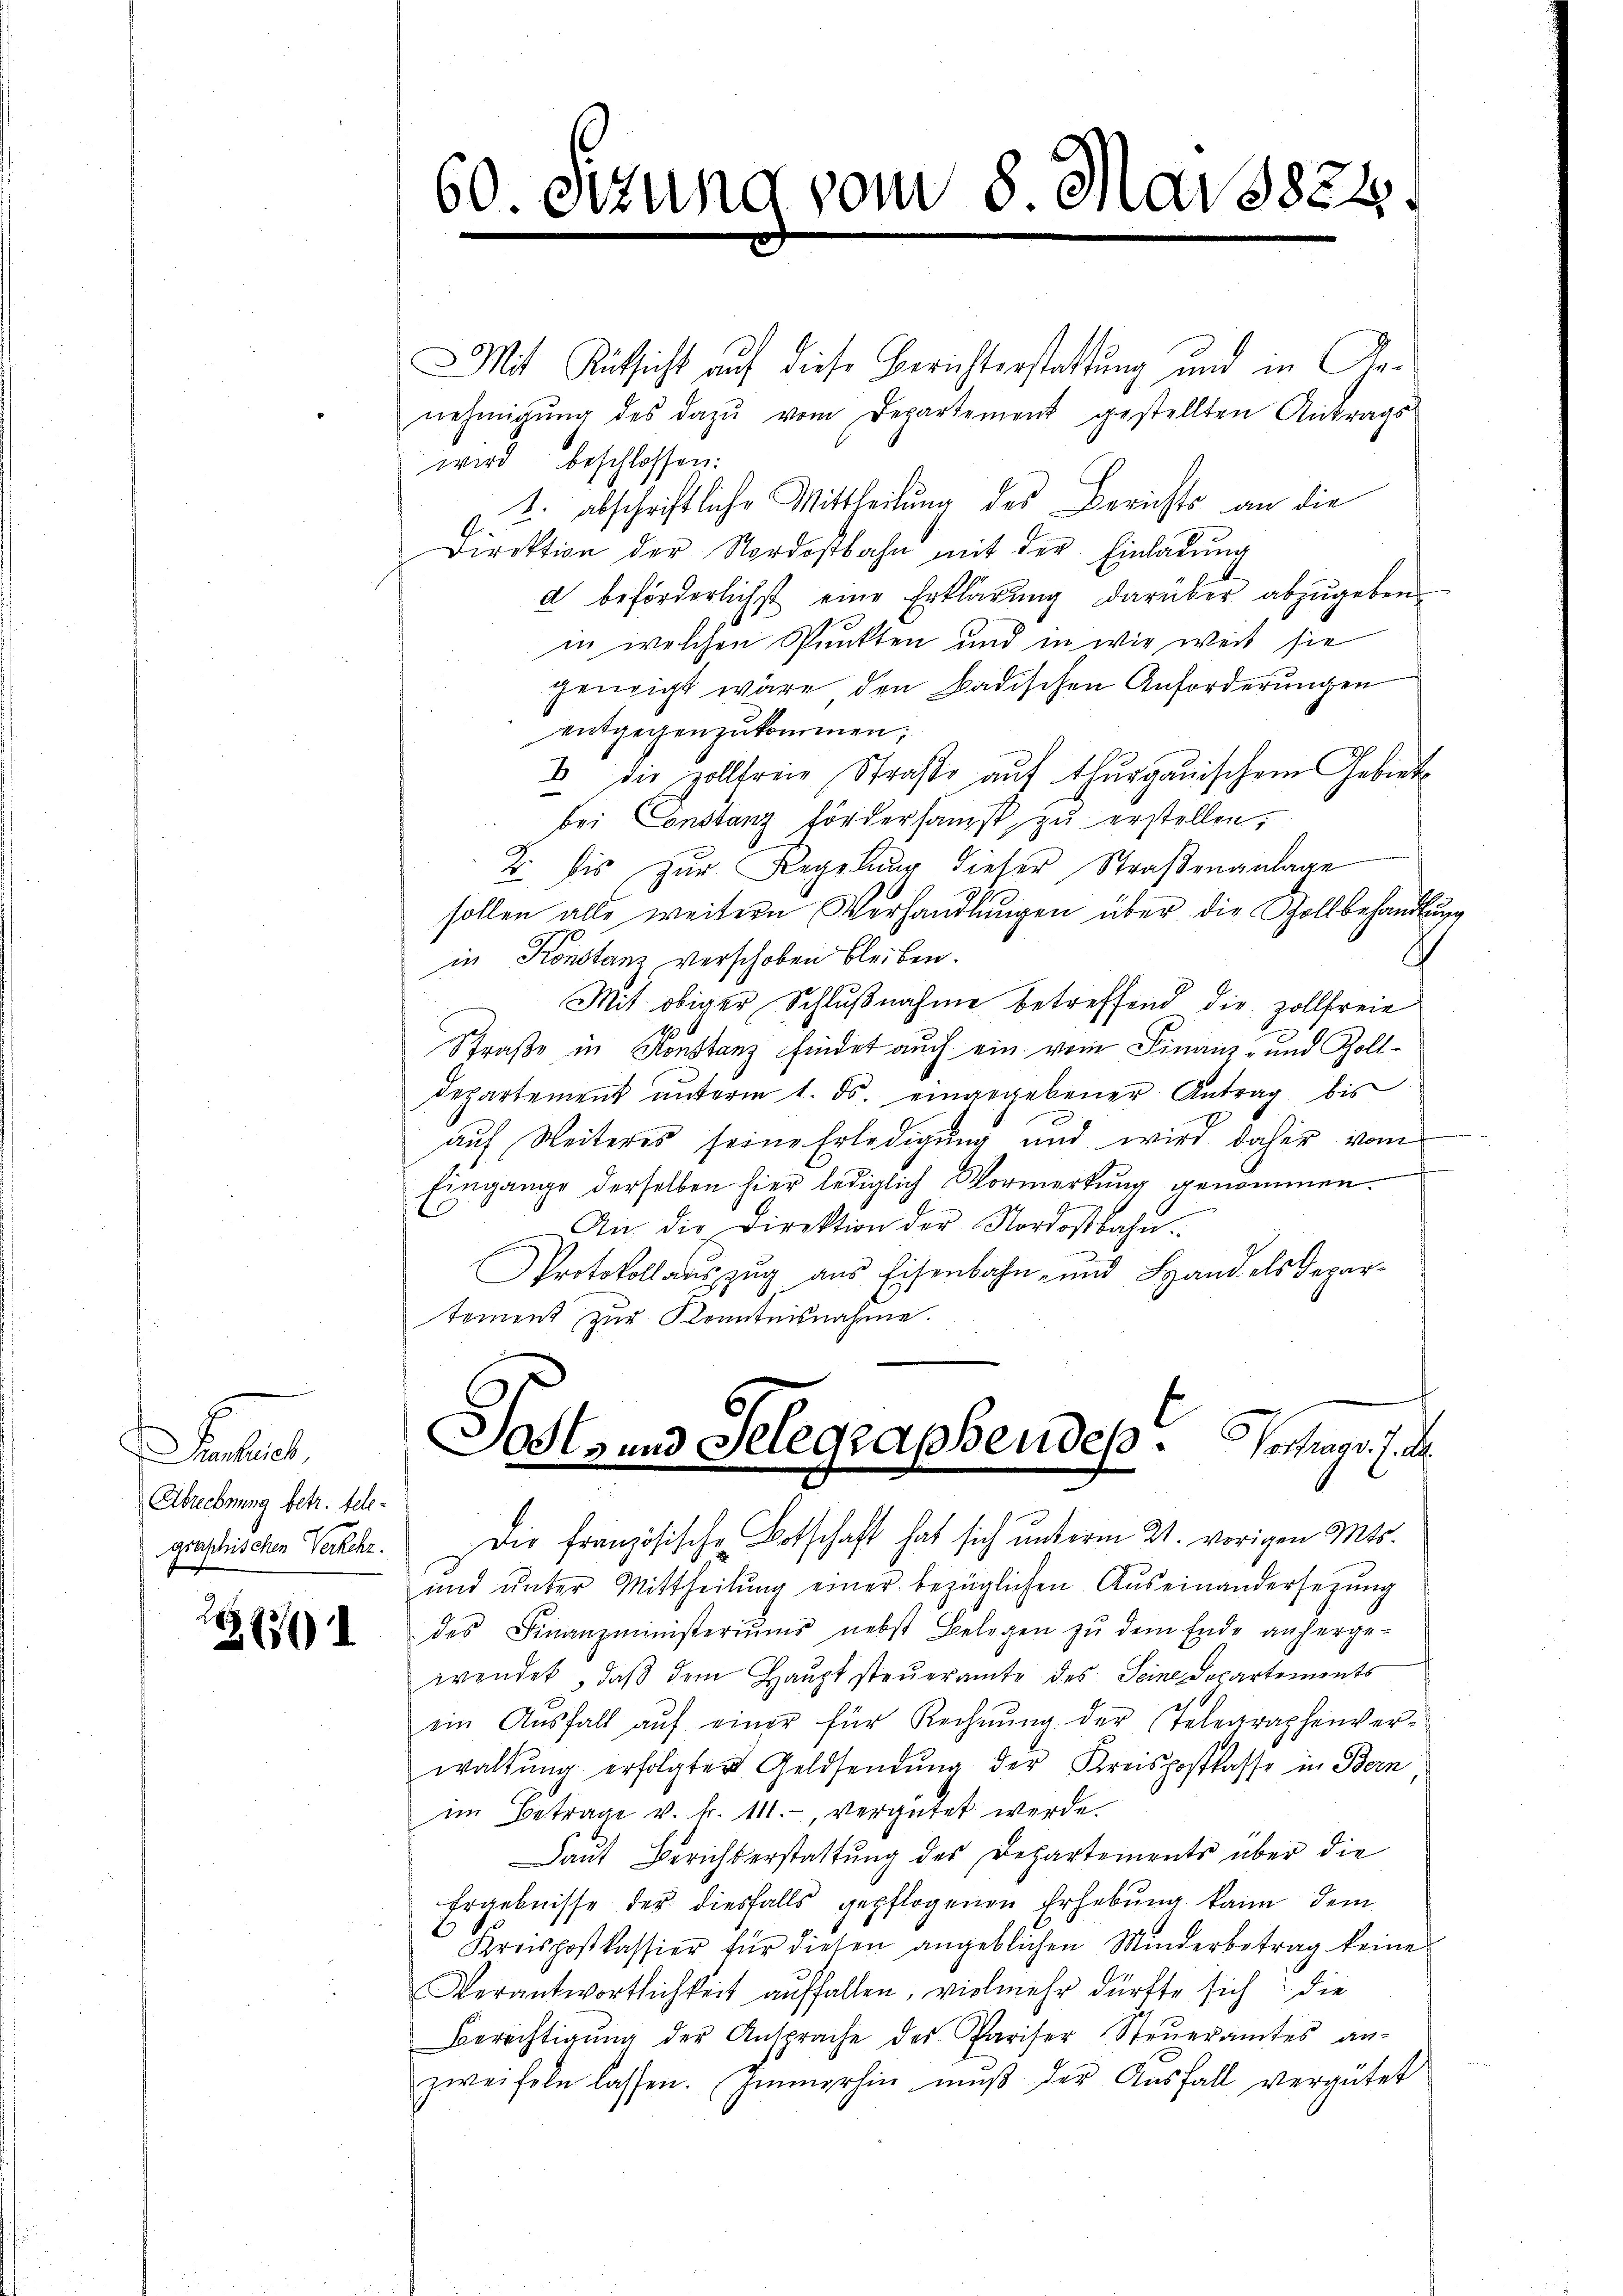
Fel
Abrechnung betr. telegraschischen Verkehr.

228) I

Mit Rücksicht auf diese Berichterstattung und in Genehmigŭng des dazu vom Departement gestellten Antrags-
wird beschlossen:
1. abschriftliche Mittheilung des Berichts an die
Direktion der Nordostbahn mit der Einladŭng
a beförderlichst eine Erklärung darüber abzugeben.
in welchen Punkten und in wie weit sie
geneigt wäre den Badischen Anforderŭngen
entgegenzukommen;
u die zollfreie Straße auf thurgauischem Gebiete
bei Constanz fördersamst zŭ erstellen,
B. bis zur Regelung dieser Straßenanlage
sollen alle weitern Verhandlungen über die Zollbehandlung
in Konstanz verschoben bleiben.
Mit obiger Schlußnahme betreffend die Zollfreie
Straße in Konstanz findet auch ein vom Finanz- und Zolldepartement unterm 1. ds. eingegebener Antrag bis
auf Weiteres seine Erledigung und wird daher vom
Eingange derselben hier lediglich Vormerkung genommen.
An die Direktion der Nordostbahn.
Protokollauszug aus Eisenbahn- und Hand als Departoment zur Kenntnisnahme.

60. Fr

tzung vom 8. Mai 1824.

Sosts und Gelegraphendes. Vorhand. J. de

Die französische Botschaft hat sich unterm 21. vorigen Mts.
und ŭnter Mittheilŭng einer bezüglichen Aŭseinanderserŭng
des Finanzministeriŭms nebst Belegen zŭ dem Ende anherge-
wendet, daß dem Haupt steueramte des Seine Departements
ein Aŭsfall aŭf einer für Rechnŭng der Telegraphenver-
waltŭng erfolgter Geldsendŭng der Kreispostkasse in Bern
im Betrage v. k. 111., vergütet werde.
Laut Berichterstattung des Departements über die
Ergebnisse des diesfalls gepflogenen Erhebung kann dem
Kreispostkassier für diesen angeblichen Minderbetrag keine
Verantwortlichkeit auffallen, vielmehr dürfte sich die
Berechtigŭng der Ansprache des Pariser Steŭeramtes an-
zweifeln lassen. Immerhin mŭβ der Aŭsfall vergütet